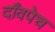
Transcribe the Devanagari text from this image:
दाँवपेच